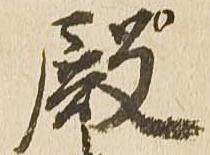
殿